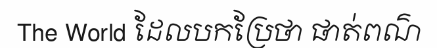
The World ដែលបកប្រែថា ផាត់ពណ៌